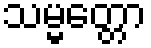
သမ္မတ္တော